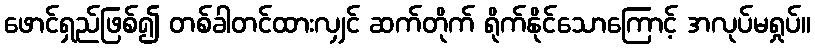
ဖောင်ရှည်ဖြစ်၍ တစ်ခါတင်ထားလျှင် ဆက်တိုက် ရိုက်နိုင်သောကြောင့် အလုပ်မရှုပ်။